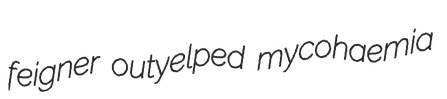
feigner outyelped mycohaemia